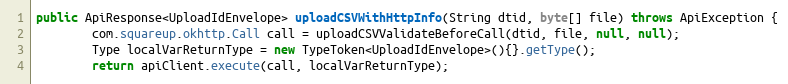
Language: Java
public ApiResponse<UploadIdEnvelope> uploadCSVWithHttpInfo(String dtid, byte[] file) throws ApiException {
        com.squareup.okhttp.Call call = uploadCSVValidateBeforeCall(dtid, file, null, null);
        Type localVarReturnType = new TypeToken<UploadIdEnvelope>(){}.getType();
        return apiClient.execute(call, localVarReturnType);